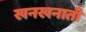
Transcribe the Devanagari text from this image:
खनखनाती